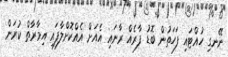
ނޭނގި ހުއްޓައި ފަހަތުން ބޮޑު ފާރެއް ރާނައި އެއަށް އެއްކޮށްލާފައި އިމާރާތް ކުރަން